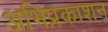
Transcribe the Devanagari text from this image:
अभिप्रकाशन